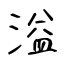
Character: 溢